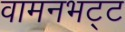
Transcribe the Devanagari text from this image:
वामनभट्ट